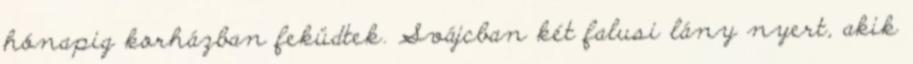
hónapig korházban feküdtek. Svájcban két falusi lány nyert, akik